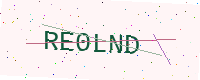
Text: RE0LND